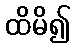
ထိမိ၍